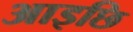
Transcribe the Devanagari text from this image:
आइछि